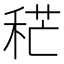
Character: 䅒